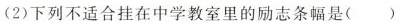
(2)下列不适合挂在中学教室里的励志条幅是（）